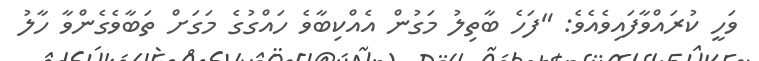
ވަހީ ކުރައްވާފައިވެއެވެ: "ފަހެ ބާތިލު މަގުން އެއްކިބާވެ ހައްގުގެ މަގަށް ތަބާވެގެންވާ ހާލު